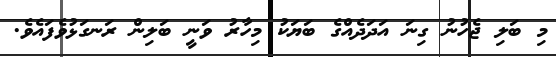
މި ބަލި ޖެހުނު ގިނަ އަދަދެއްގެ ބަޔަކު މިހާރު ވަނީ ބަލިން ރަނގަޅުވެފައެވެ.